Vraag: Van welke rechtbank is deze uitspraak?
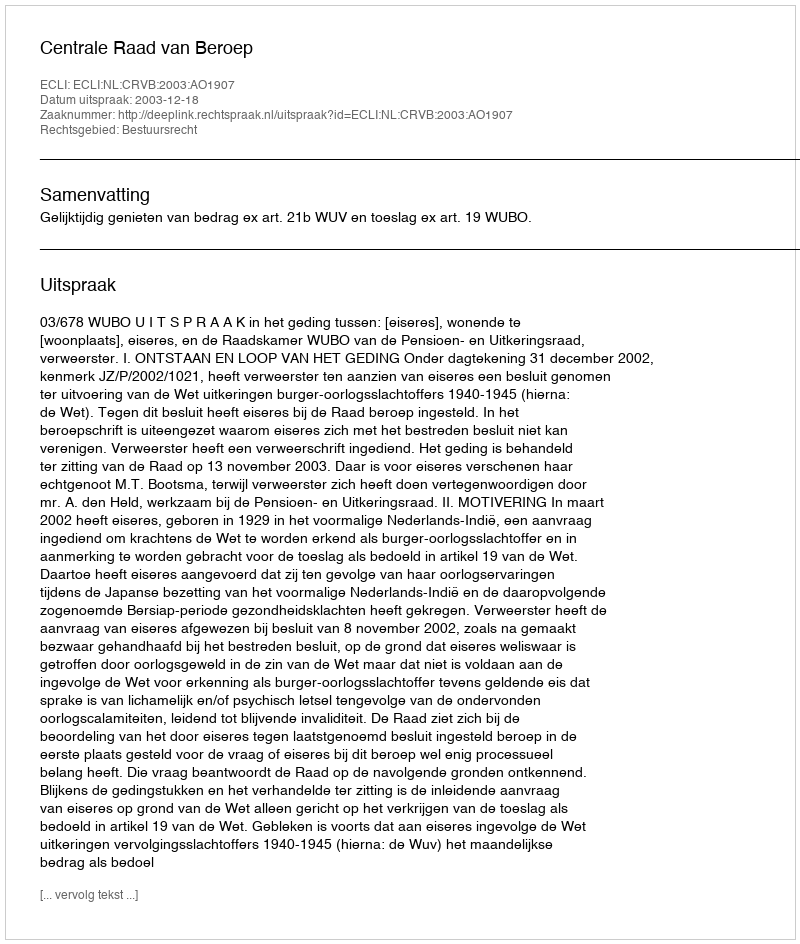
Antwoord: Centrale Raad van Beroep